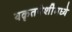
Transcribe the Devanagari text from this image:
यकृतपेशींमध्ये